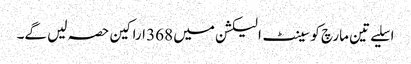
اسلیے تین مارچ کو سینٹ الیکشن میں 368 اراکین حصہ لیں گے۔